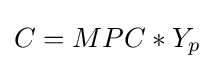
C=MPC*{Y_{p}}